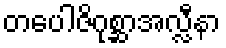
တပေါဇိဂုစ္ဆာအလ္လီနာ